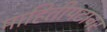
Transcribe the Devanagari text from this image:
माहितीपटावर